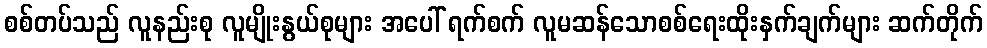
စစ်တပ်သည် လူနည်းစု လူမျိုးနွယ်စုများ အပေါ် ရက်စက် လူမဆန်သောစစ်ရေးထိုးနှက်ချက်များ ဆက်တိုက်